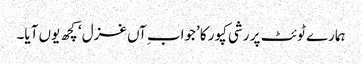
ہمارے ٹوئٹ پر رشی کپور کا ’جواب ِآں غزل‘ کچھ یوں آیا۔